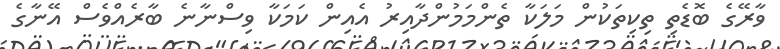
ވާރޭގެ ބޮޑެތި ތިކިތަކުން މަލަކާ ތެންމަމުންދާއިރު އެއިން ކަމަކާ ވިސްނާނެ ބާރެއްވެސް އޭނާގެ